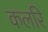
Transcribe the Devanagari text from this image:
कलरि